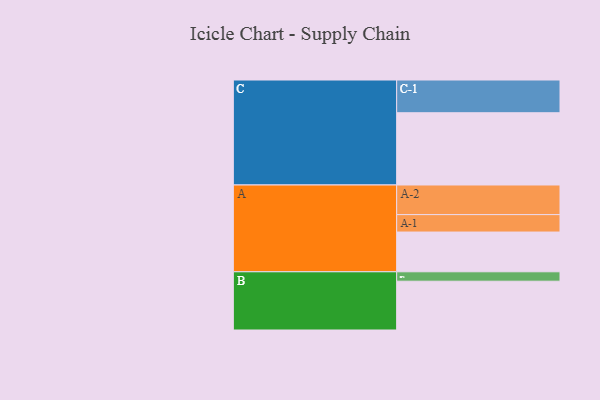
{"axis": {"x": "Segment", "y": "Value"}, "legend": ["", "A", "B", "C"], "data": [{"x": "A", "y": 317, "type": ""}, {"x": "B", "y": 389, "type": ""}, {"x": "C", "y": 576, "type": ""}, {"x": "A-1", "y": 139, "type": "A"}, {"x": "A-2", "y": 236, "type": "A"}, {"x": "B-1", "y": 75, "type": "B"}, {"x": "C-1", "y": 261, "type": "C"}]}